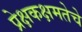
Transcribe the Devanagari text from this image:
प्रेक्षकक्षमतेचे